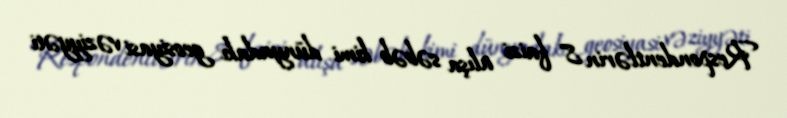
Respondentlərin 8 faizi alışa səbəb kimi dünyadakı geosiyasi vəziyyəti